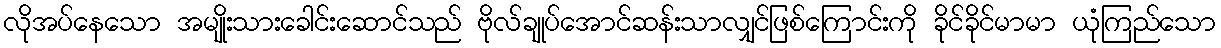
လိုအပ်နေသော အမျိုးသားခေါင်းဆောင်သည် ဗိုလ်ချုပ်အောင်ဆန်းသာလျှင်ဖြစ်ကြောင်းကို ခိုင်ခိုင်မာမာ ယုံကြည်သော